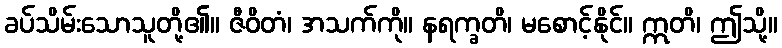
ခပ်သိမ်းသောသူတို့၏။ ဇီဝိတံ၊ အသက်ကို။ နရက္ခတိ၊ မစောင့်နိုင်။ ဣတိ၊ ဤသို့။